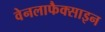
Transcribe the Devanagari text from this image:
वेनलाफैक्साइन